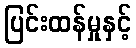
ပြင်းထန်မှုနှင့်